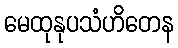
မေထုနုပသံဟိတေန